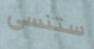
ستنسى